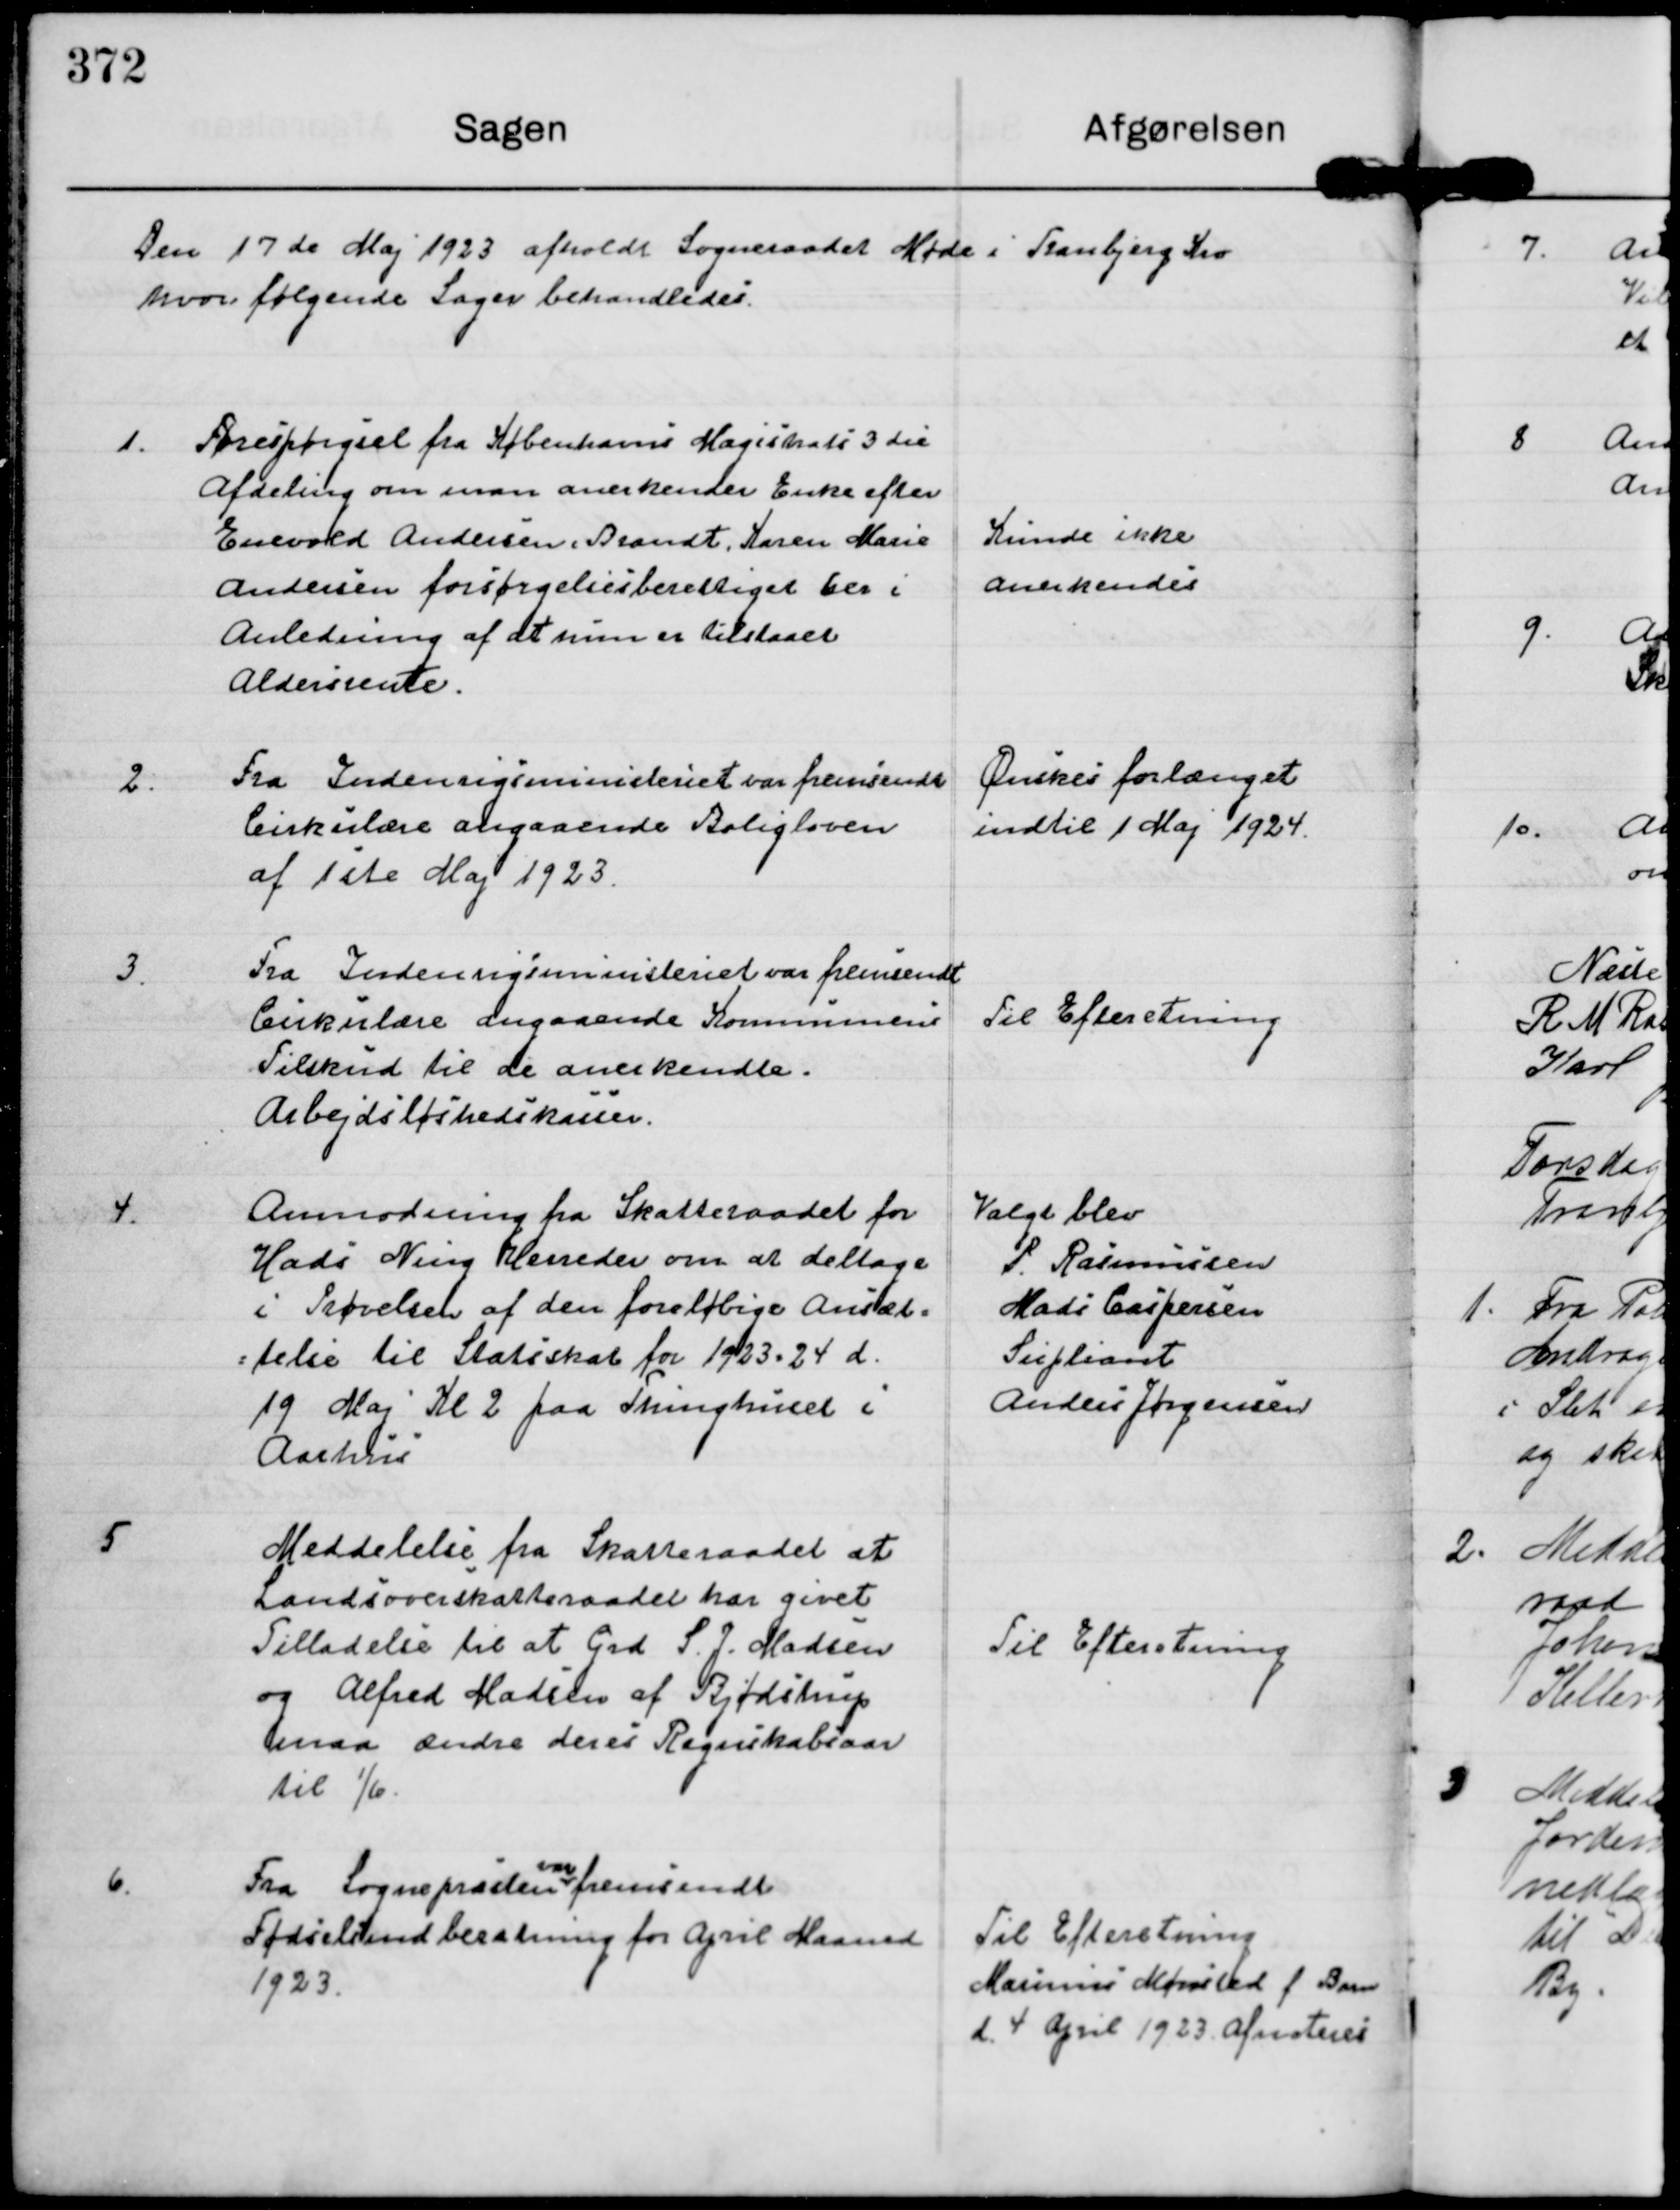
Transskription:
Den 17 de Maj 1923 afholdt Sogneraadet Møde i Tranbjerg Kro
hvor følgende Sager behandledes.

1.
Forespørgsel fra Københavns Magistrats 3 die
Afdeling om man anerkender Enke efter
Enevold Andersen, Brandt, Karen Marie
Andersen forsørgelsesberettiget her i
Anledning af at hun er tilstaaet
Aldersrente.

Kunde ikke
anerkendes

2.
Fra Indenrigsministeriet var fremsendt
Cirkulære angaaende Boligloven
af 1 ste Maj 1923.

Ønskes forlænget
indtil 1 Maj 1924.

3.
Fra Indenrigsministeriet var fremsendt
Cirkulære angaaende Kommunens
Tilskud til de anerkendte.
Arbejdsløshedskasser.

Til Efteretning

4.
Anmodning fra Skatteraadet for
Hads Ning Herreder om at deltage
i Prøvelsen af den foreløbige Ansæt=
=telse til Statsskab for 1923-24 d.
19 Maj Kl 2 paa Thinghuset i
Aarhus

Valgt blev
P. Rasmussen
Mads Caspersen
Supliant
Anders Jørgensen

5
Meddelelse fra Skatteraadet at
Landsoverskatteraadet har givet
Tilladelse til at Grd S. J. Madsen
og Alfred Madsen af Bjødstrup
maa ændre deres Regnskabsaar
til 1/6

Til Efteretning

6. Fra Sognepræsten
var
fremsendt
Fødselsinderetning for April Maaned
1923.

Til Efteretning
Marinus Mønsted f Barn
d. 4 April 1923. afnoteres